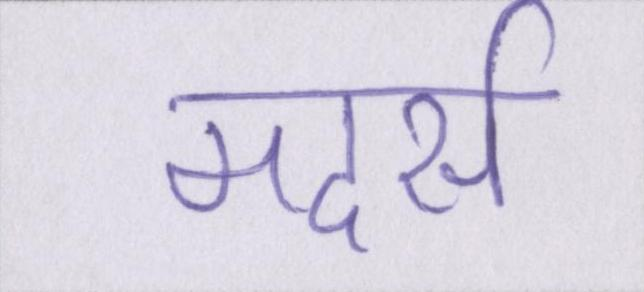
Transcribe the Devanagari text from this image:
मदर्स